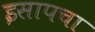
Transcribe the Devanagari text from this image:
इसापचा